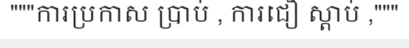
"""ការប្រកាស ប្រាប់ , ការជឿ ស្តាប់ ,"""